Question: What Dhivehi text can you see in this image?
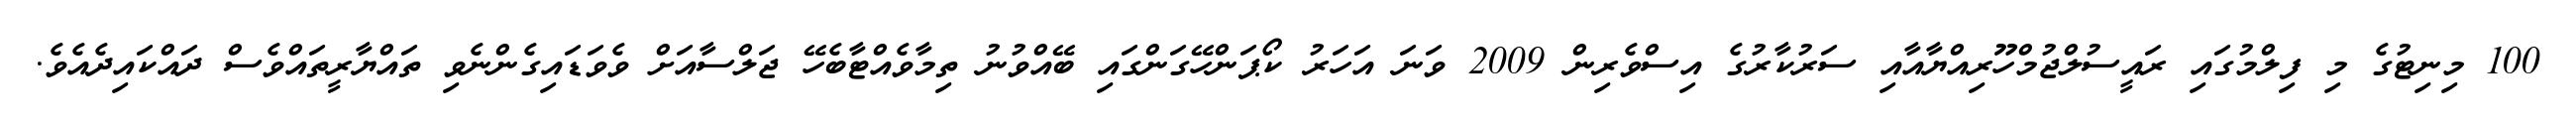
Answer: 100 މިނިޓުގެ މި ފިލްމުގައި ރައީސުލްޖުމްހޫރިއްޔާއާއި ސަރުކާރުގެ އިސްވެރިން 2009 ވަނަ އަހަރު ކޯޕަންހޭގަންގައި ބޭއްވުނު ތިމާވެއްޓާބެހޭ ޖަލްސާއަށް ވެވަޑައިގެންނެވި ތައްޔާރީތައްވެސް ދައްކައިދެއެވެ.